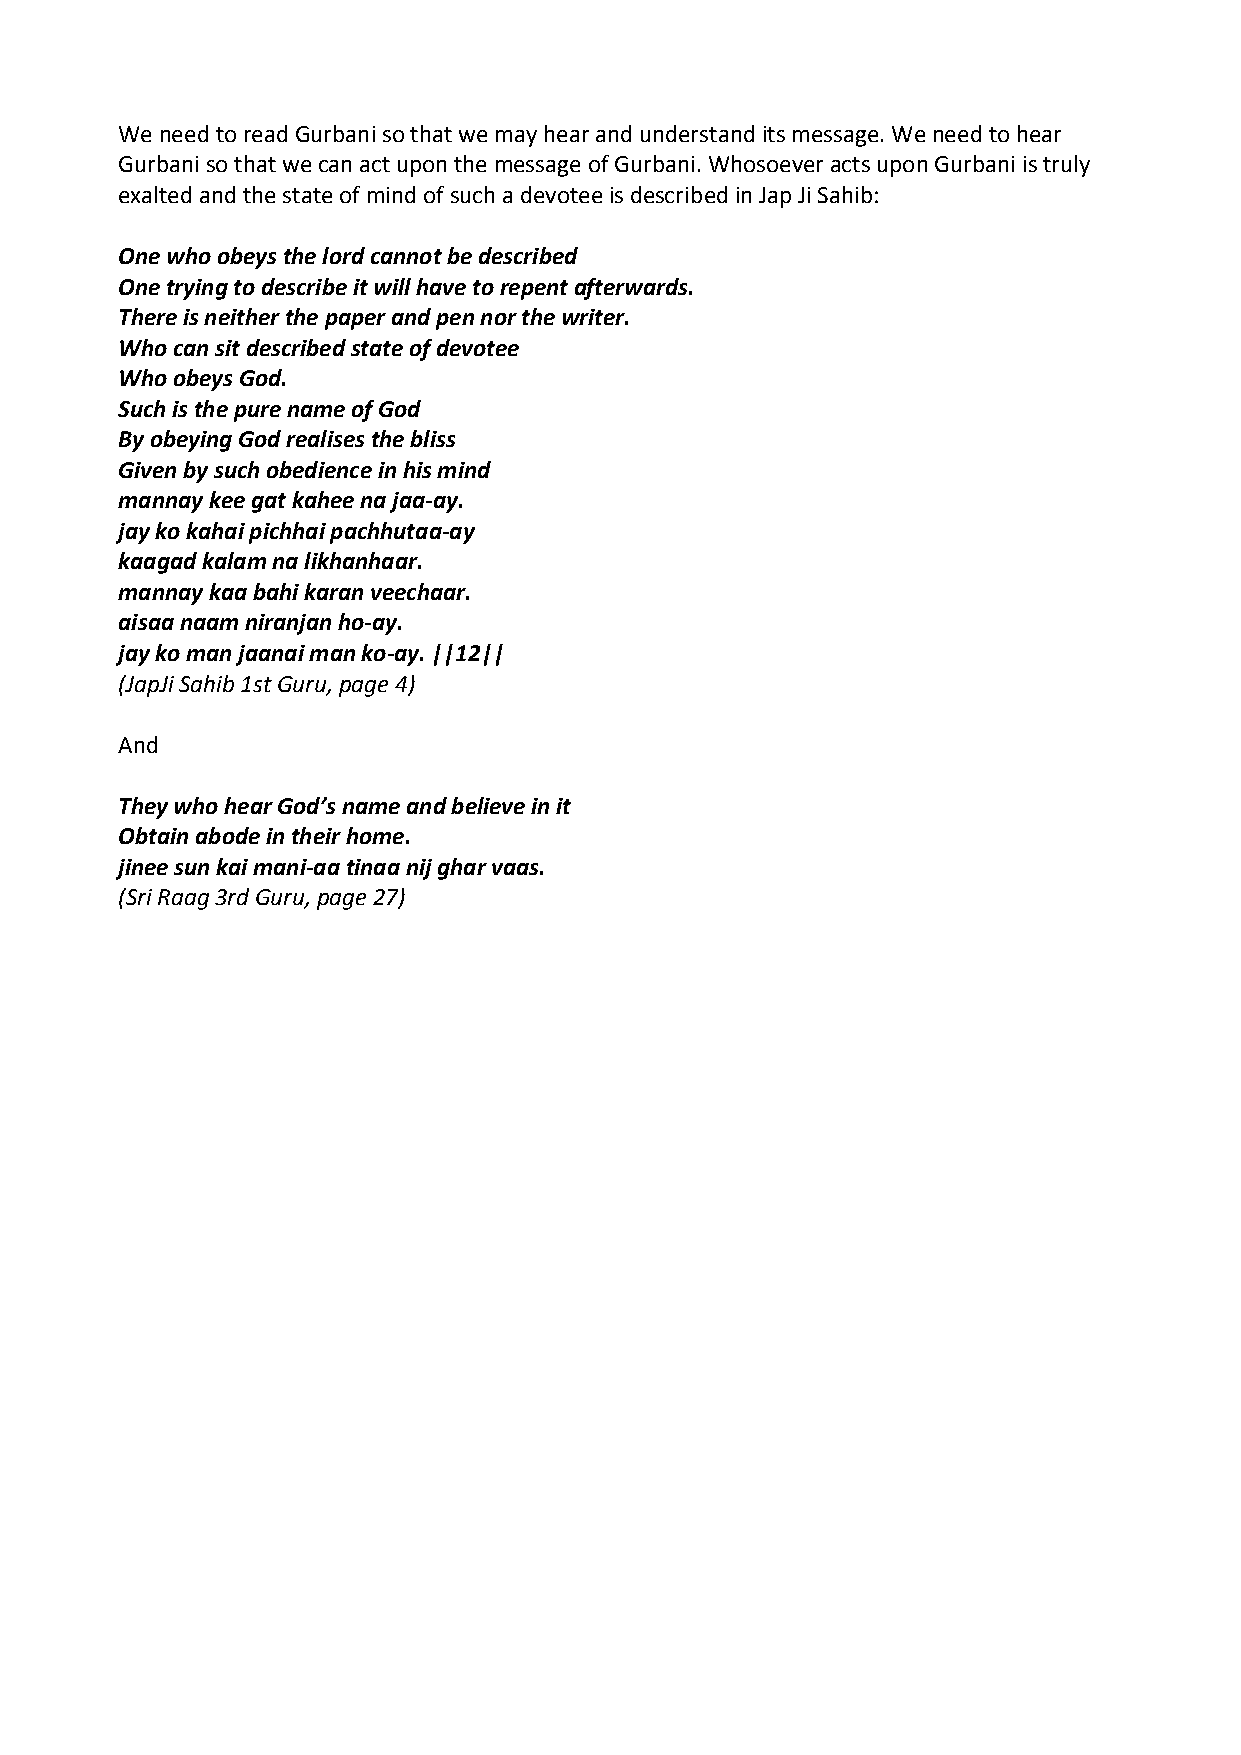
We need to read Gurbani so that we may hear and understand its message. We need to hear
 Gurbani so that we can act upon the message of Gurbani. Whosoever acts upon Gurbani is truly
 exalted and the state of mind of such a devotee is described in Jap Ji Sahib:
 One who obeys the lord cannot be described
 One trying to describe it will have to repent afterwards.
 There is neither the paper and pen nor the writer.
 Who can sit described state of devotee
 Who obeys God.
 Such is the pure name of God
 By obeying God realises the bliss
 Given by such obedience in his mind
 mannay kee gat kahee na jaa‐ay.
 jay ko kahai pichhai pachhutaa‐ay
 kaagad kalam na likhanhaar.
 mannay kaa bahi karan veechaar.
 aisaa naam niranjan ho‐ay.
 jay ko man jaanai man ko‐ay. ||12||
 (JapJi Sahib 1st Guru, page 4)
 And
 They who hear God’s name and believe in it
 Obtain abode in their home.
 jinee sun kai mani‐aa tinaa nij ghar vaas.
 (Sri Raag 3rd Guru, page 27)